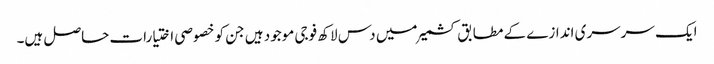
ایک سرسری اندازے کے مطابق کشمیر میں دس لاکھ فوجی موجود ہیں جن کو خصوصی اختیارات حاصل ہیں۔